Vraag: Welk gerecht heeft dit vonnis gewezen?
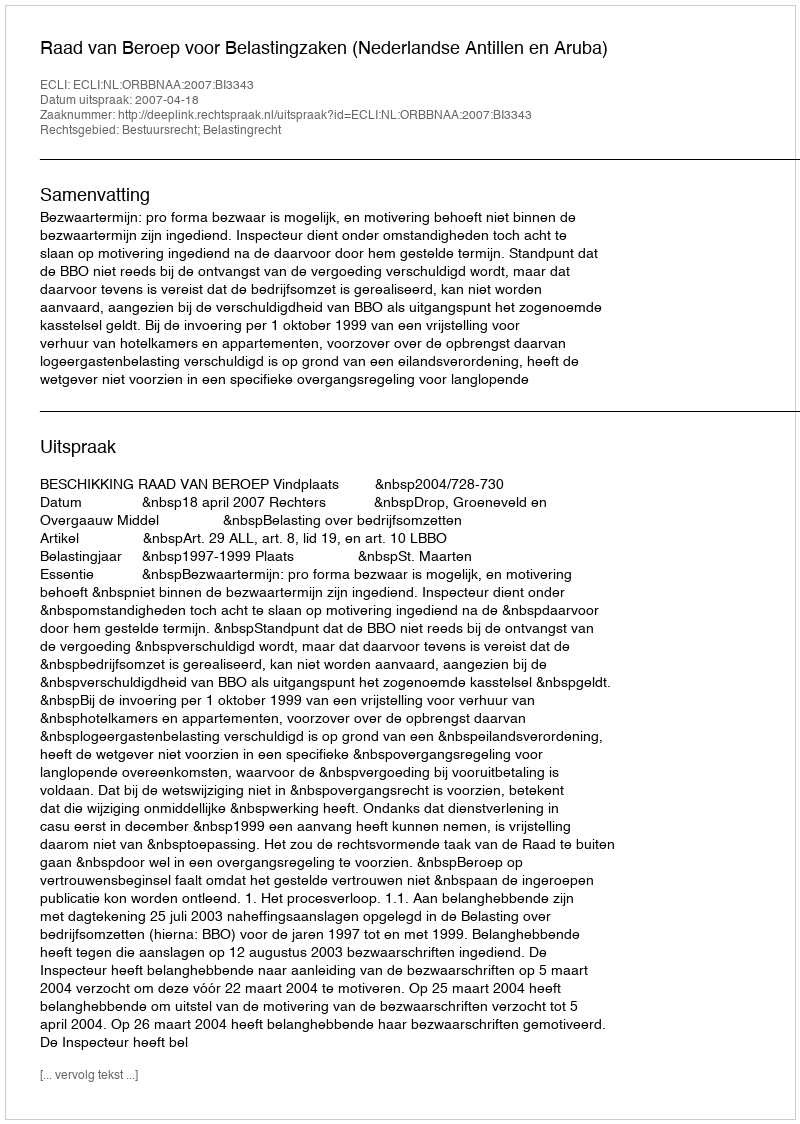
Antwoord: Raad van Beroep voor Belastingzaken (Nederlandse Antillen en Aruba)